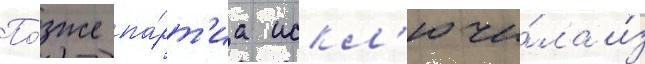
По́зже па́рт'иа искл'ючи́ла и́з